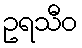
ဥရသီဝ